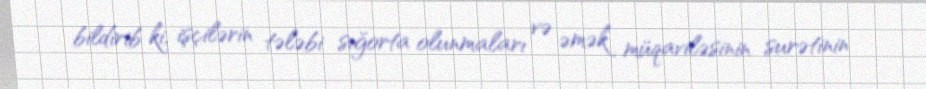
bildirib ki, işçilərin tələbi sığorta olunmaları və əmək müqaviləsinin surətinin